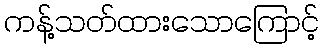
ကန့်သတ်ထားသောကြောင့်